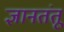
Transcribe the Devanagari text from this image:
ज्ञानतंतू